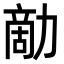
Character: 𠢗